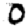
Digit: 0